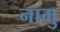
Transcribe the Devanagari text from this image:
नामु